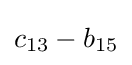
c_{13}-b_{15}